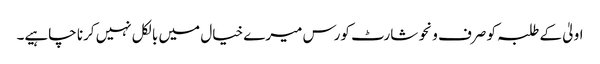
اولیٰ کے طلبہ کو صرف ونحو شارٹ کورس میرے خیال میں بالکل نہیں کرنا چاہیے۔